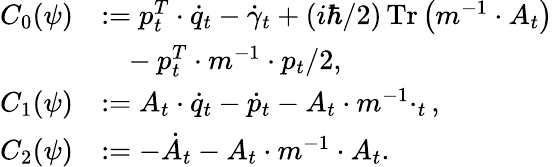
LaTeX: \begin{array}{rl}{C_{0}(\psi)}&{:=p_{t}^{T}\cdot\dot{q}_{t}-\dot{\gamma}_{t}+(i\hbar/2)\operatorname*{Tr}\left(m^{-1}\cdot A_{t}\right)}\\ &{~~~-p_{t}^{T}\cdot m^{-1}\cdot p_{t}/2,}\\ {C_{1}(\psi)}&{:=A_{t}\cdot\dot{q}_{t}-\dot{p}_{t}-A_{t}\cdot m^{-1}\cdotp_{t},}\\ {C_{2}(\psi)}&{:=-\dot{A}_{t}-A_{t}\cdot m^{-1}\cdot A_{t}.}\end{array}